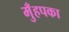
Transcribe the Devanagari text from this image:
मुँहपका